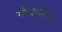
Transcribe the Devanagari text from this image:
गोधणीचा